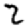
Digit: 2